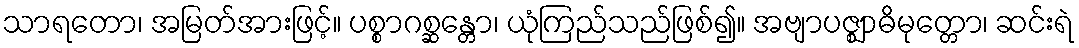
သာရတော၊ အမြတ်အားဖြင့်။ ပစ္စာဂစ္ဆန္တော၊ ယုံကြည်သည်ဖြစ်၍။ အဗျာပဇ္ဈာဓိမုတ္တော၊ ဆင်းရဲ